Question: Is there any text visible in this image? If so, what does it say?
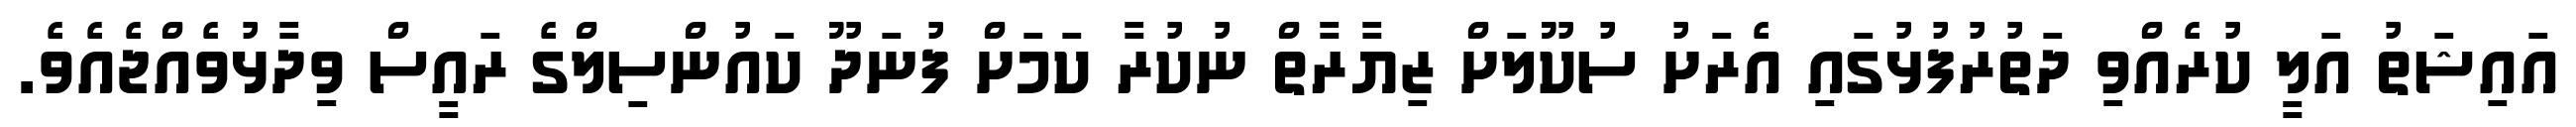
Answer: އައިޝަތު އަލީ ކުރެއްވި ދަތުރުފުޅުގައި އެރަށު ސުކޫލަށް ޒިޔާރާތް ނުކުރާ ކަމަށް ފުނަދޫ ކައުންސިލްގެ ރައީސް ވިދާޅުވެއްޖެއެވެ.